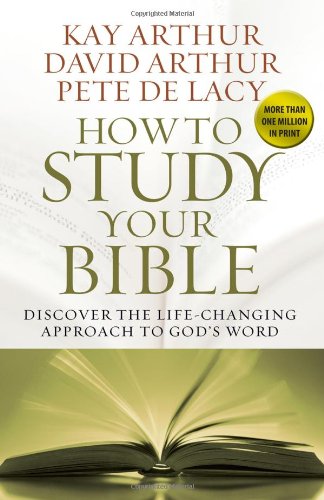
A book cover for How to Study Your Bible: Discover the Life-Changing Approach to God's Word; Kay Arthur; Christian Books & Bibles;